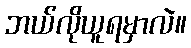
ဘယ်လိုယူရမှာလဲ။